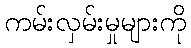
ကမ်းလှမ်းမှုများကို